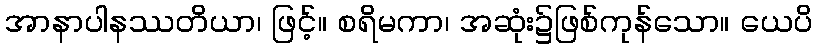
အာနာပါနဿတိယာ၊ ဖြင့်။ စရိမကာ၊ အဆုံး၌ဖြစ်ကုန်သော။ ယေပိ